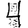
Digit: 4